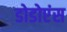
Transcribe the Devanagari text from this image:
डोडोएंस